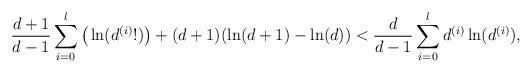
LaTeX: \begin{align*}\frac{d+1}{d-1}\sum_{i=0}^l\big(\ln(d^{(i)}!)\big) + (d+1)(\ln(d+1)-\ln(d)) < \frac{d}{d-1}\sum_{i=0}^l d^{(i)} \ln(d^{(i)}),\end{align*}